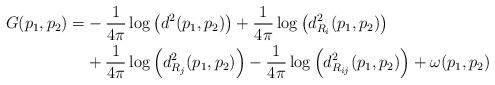
LaTeX: \begin{align*}G(p_1,p_2) = &-\frac{1}{4 \pi} \log \left( d^2(p_1,p_2) \right ) + \frac{1}{4 \pi} \log \left( d^2_{R_i}(p_1,p_2) \right) \\ & + \frac{1}{4 \pi} \log \left( d^2_{R_j}(p_1,p_2) \right) - \frac{1}{4 \pi} \log \left( d^2_{R_{ij}}(p_1,p_2) \right) + \omega(p_1,p_2)\end{align*}